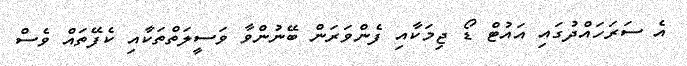
އެ ސަރަހައްދުގައި އައުޓް ޑޯ ޖިމަކާއި ފެންވަރަން ބޭނުންވާ ވަސީލަތްތަކާއި ކެފޭތައް ވެސް